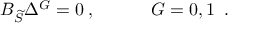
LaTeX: { \cal B } _ { \widetilde { { \cal S } } } \Delta ^ { G } = 0 \; , \; \; \; \; \; \; \; \; \; \; \; G = 0 , 1 \; \; .